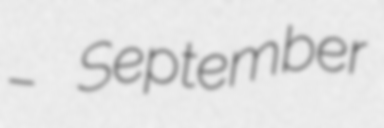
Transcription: – September